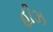
હીઝ